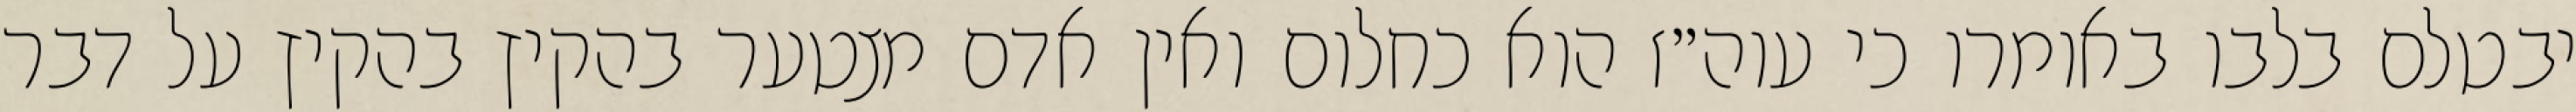
יבטלם בלבו באומרו כי עוה״ז הוא כחלום ואין אדם מצטער בהקיץ בהקיץ על דבר